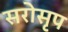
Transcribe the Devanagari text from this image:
सरोसृप